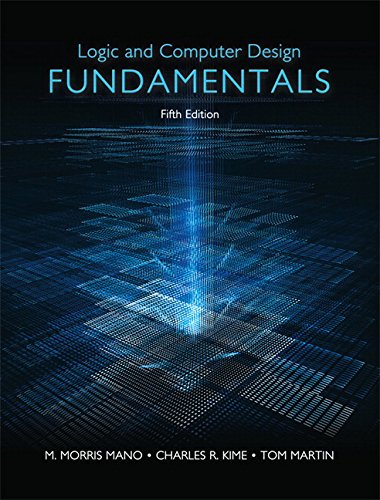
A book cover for Logic & Computer Design Fundamentals (5th Edition); M. Morris R. Mano; Computers & Technology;